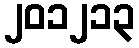
၂၀၁၂၁၃